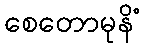
စေတောမုနိံ